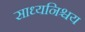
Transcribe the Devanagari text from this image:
साध्यनिश्चय